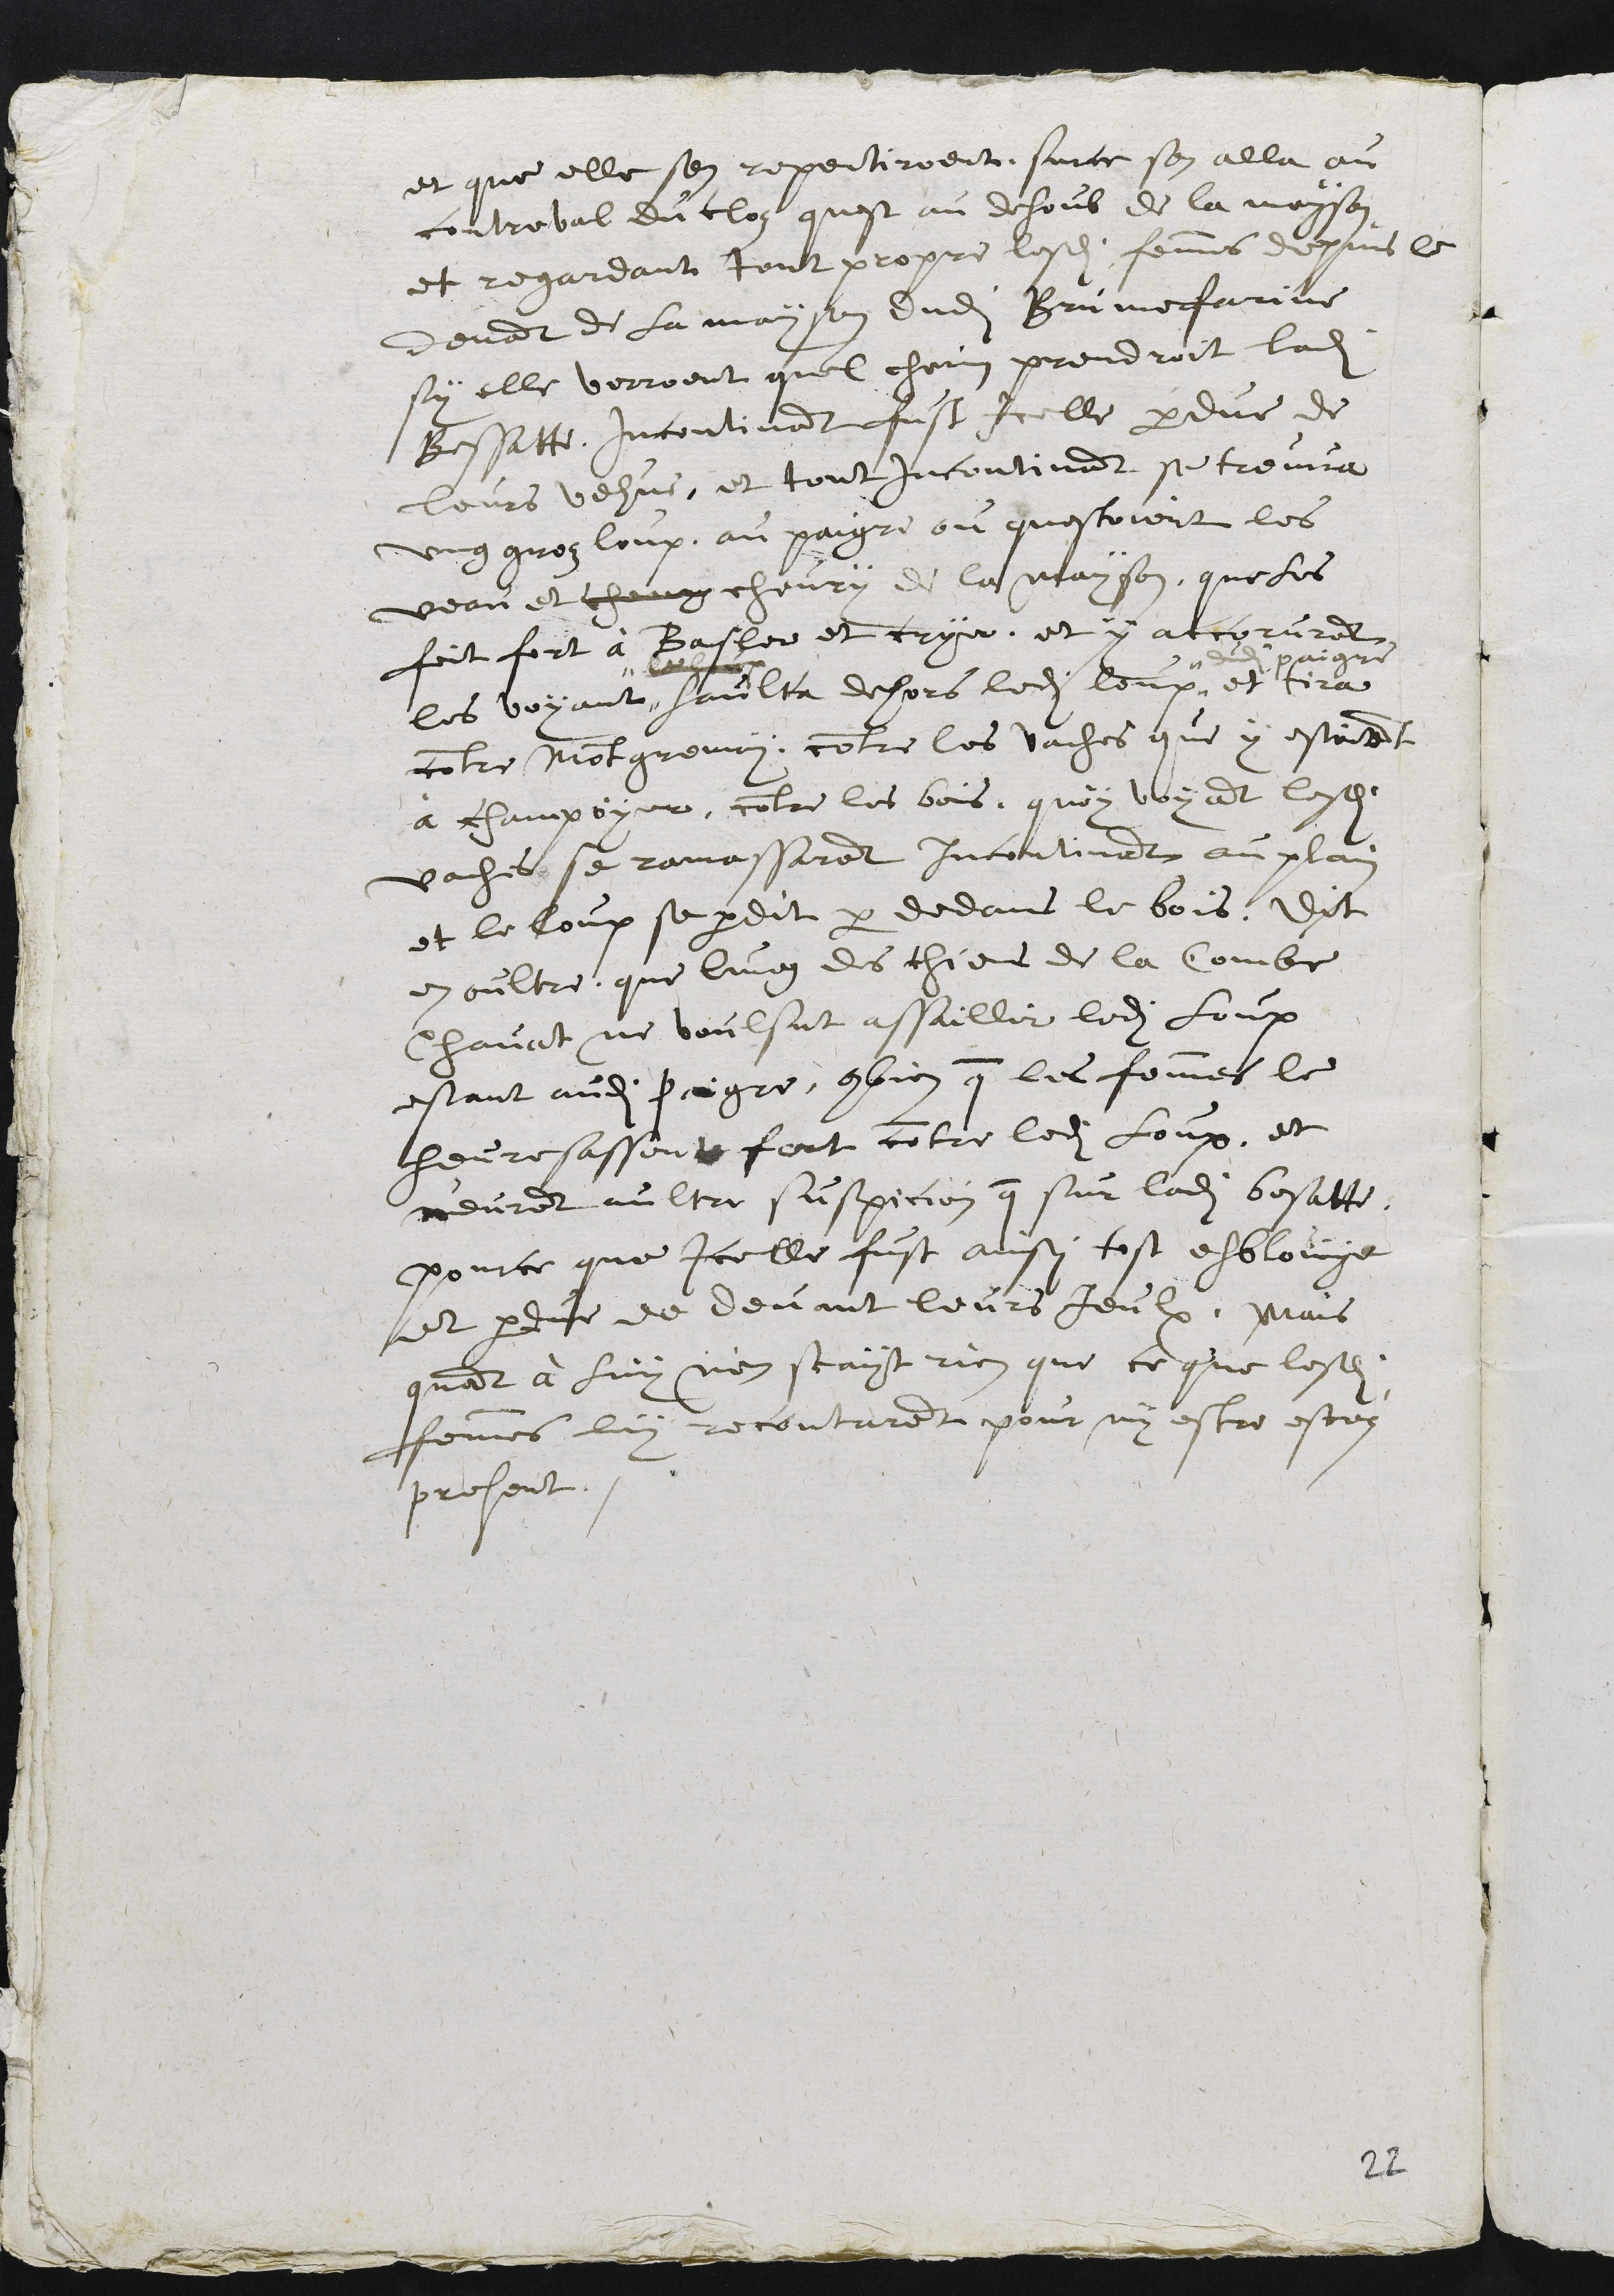
e-t; qu'elles s'en rspen-tiraisnt. Sur ce, s'en alla au
contreval du clos qui est au-dessous de la maison
et regardant tout propre lesdites femmes depuis le de-
vans de la maison dudit Brunefarine
si elles voyaient quel chemin prendrait ladite
Bessatte. IncontinBnt fut icelle perdue de
leur vue, et tout incontinent se trouva
un gros loup au Paigre où étaient les
veaux et chèvres de la maison, ce qui les
fit fart bêler et crier, et y accoururent.
Les voyant"
"????
saulta dehors ledit loup
dudit paigre
et tira
contre Montgremay, contre les vaches que y estoient
à champoyer, contre ledit bois. Quoy voyant lesdites
vaches se ramassèrent incontinent au plan
et le loup se perdit par dedans le bois. Dit
en outre que l'un des chiens de la Cambe
Chavat ne voulut'assaillir ledi-t loup
étant au Paigre, bien que les femmes le
heuresassent fort contre ledit loup. Et
n'eurent autre suspicion que sur ladite Bessa-bte
parce qu'icelle fut aussi tôt éblouie
et perdue de devant leurs yeux. Mais
quant à lui, ne sait rien que ce que lesdites
femmes lui racontèrent, pour n'y aveir été
présent.